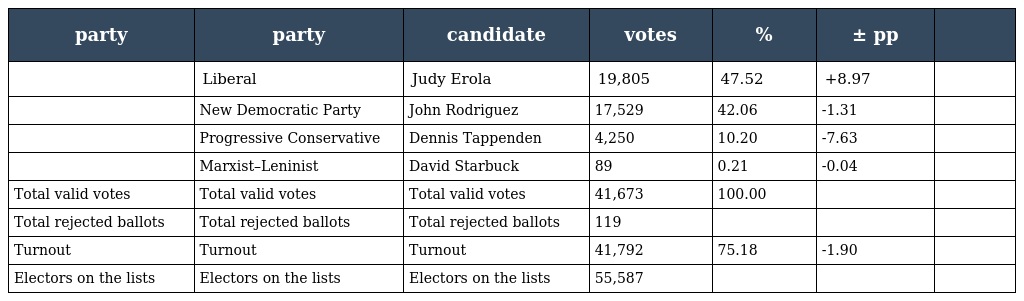
| party | party | candidate | votes | % | ± pp |  |
 | --- | --- | --- | --- | --- | --- | --- |
 |  | Liberal | Judy Erola | 19,805 | 47.52 | +8.97 |  |
 |  | New Democratic Party | John Rodriguez | 17,529 | 42.06 | -1.31 |  |
 |  | Progressive Conservative | Dennis Tappenden | 4,250 | 10.20 | -7.63 |  |
 |  | Marxist–Leninist | David Starbuck | 89 | 0.21 | -0.04 |  |
 | Total valid votes | Total valid votes | Total valid votes | 41,673 | 100.00 |  |  |
 | Total rejected ballots | Total rejected ballots | Total rejected ballots | 119 |  |  |  |
 | Turnout | Turnout | Turnout | 41,792 | 75.18 | -1.90 |  |
 | Electors on the lists | Electors on the lists | Electors on the lists | 55,587 |  |  |  |